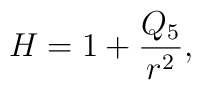
H = 1 + \frac{Q_5}{r^2},